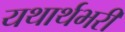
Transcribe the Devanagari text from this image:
यथार्थभरी